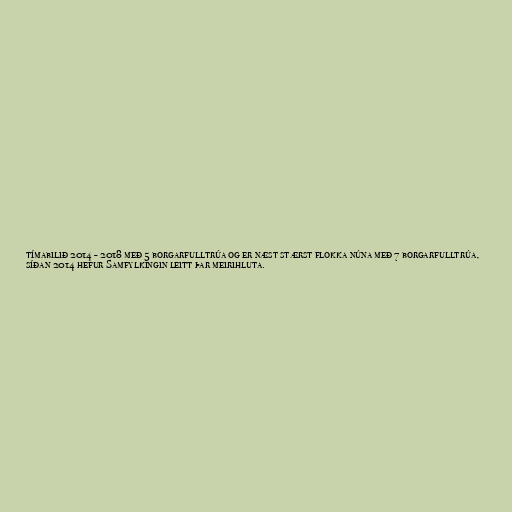
tímabilið 2014 - 2018 með 5 borgarfulltrúa og er næst stærst flokka núna með 7 borgarfulltrúa,
síðan 2014 hefur Samfylkingin leitt þar meirihluta.